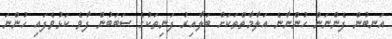
އަނބުން ފެންނަން ހުންނާނެ އަލާމާތްތަކަށް ބަލާއިރު ފަނިތަކުގެ ސަބަބުން ފާވެ ކަޅުވެފައި ހުންނަ